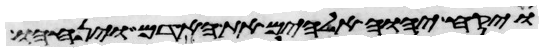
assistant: ויקח יהוה אלהים את האדם ויניחהו